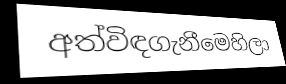
අත්විඳගැනීමෙහිලා